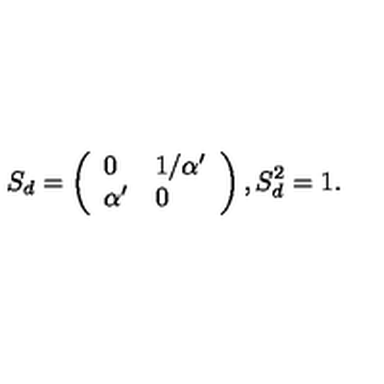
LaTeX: S _ { d } = \left( \begin{array} { l l } { 0 } & { 1 / \alpha ^ { \prime } } \\ { \alpha ^ { \prime } } & { 0 } \\ \end{array} \right) , S _ { d } ^ { 2 } = 1 .